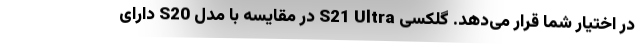
در اختیار شما قرار می‌دهد. گلکسی S21 Ultra در مقایسه با مدل S20 دارای